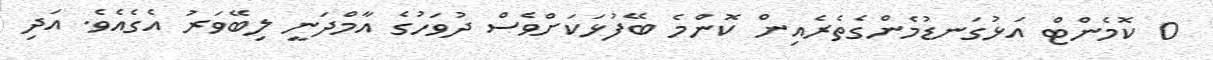
0 ކޮމެންޓް އަޅުގަނޑުމެންގެތެރެއިން ކޮންމެ ބޭފުޅަކަށްވެސް ދުވަހުގެ އާމްދަނީ ލިބޭވަރު އެގެއެވެ. އަދި